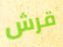
قرش